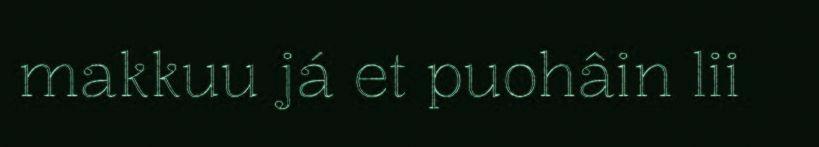
makkuu já et puohâin lii